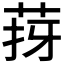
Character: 𦯙